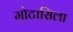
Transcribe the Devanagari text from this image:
मोटासिला